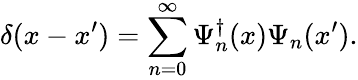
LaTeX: \delta(x-x^{\prime})=\sum_{n=0}^{\infty}\Psi_{n}^{\dagger}(x)\Psi_{n}(x^{\prime}).